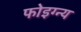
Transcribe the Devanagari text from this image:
फोइग्न्य